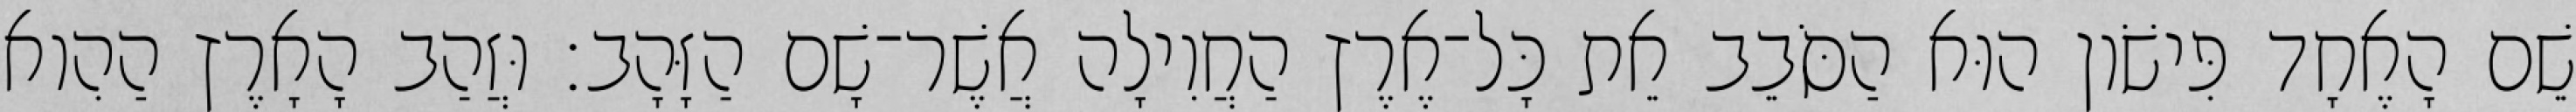
שֵׁם הָאֶחָד פִּישֹׁון הוּא הַסֹּבֵב אֵת כָּל־אֶרֶץ הַחֲוִילָה אֲשֶׁר־שָׁם הַזָּהָב׃ וּזֲהַב הָאָרֶץ הַהִוא